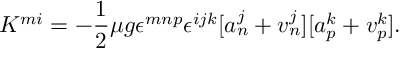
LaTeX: K ^ { m i } = - \frac { 1 } { 2 } \mu g \epsilon ^ { m n p } \epsilon ^ { i j k } [ a _ { n } ^ { j } + v _ { n } ^ { j } ] [ a _ { p } ^ { k } + v _ { p } ^ { k } ] .